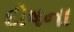
દોષના